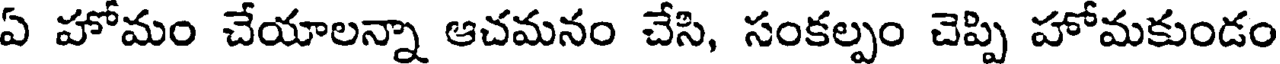
ఏ హోమం చేయాలన్నా ఆచమనం చేసి, సంకల్పం చెప్పి హోమకుండం